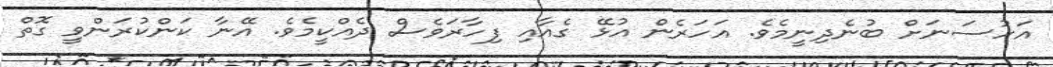
އަހުސަނަށް ބުނެދިނީމެވެ. އަހަރެން އުޅޭ ގެއާއި ފިހާރަވެސް ދެއްކީމެވެ. އޭނާ ކަންކުރަންވީ ގޮތް